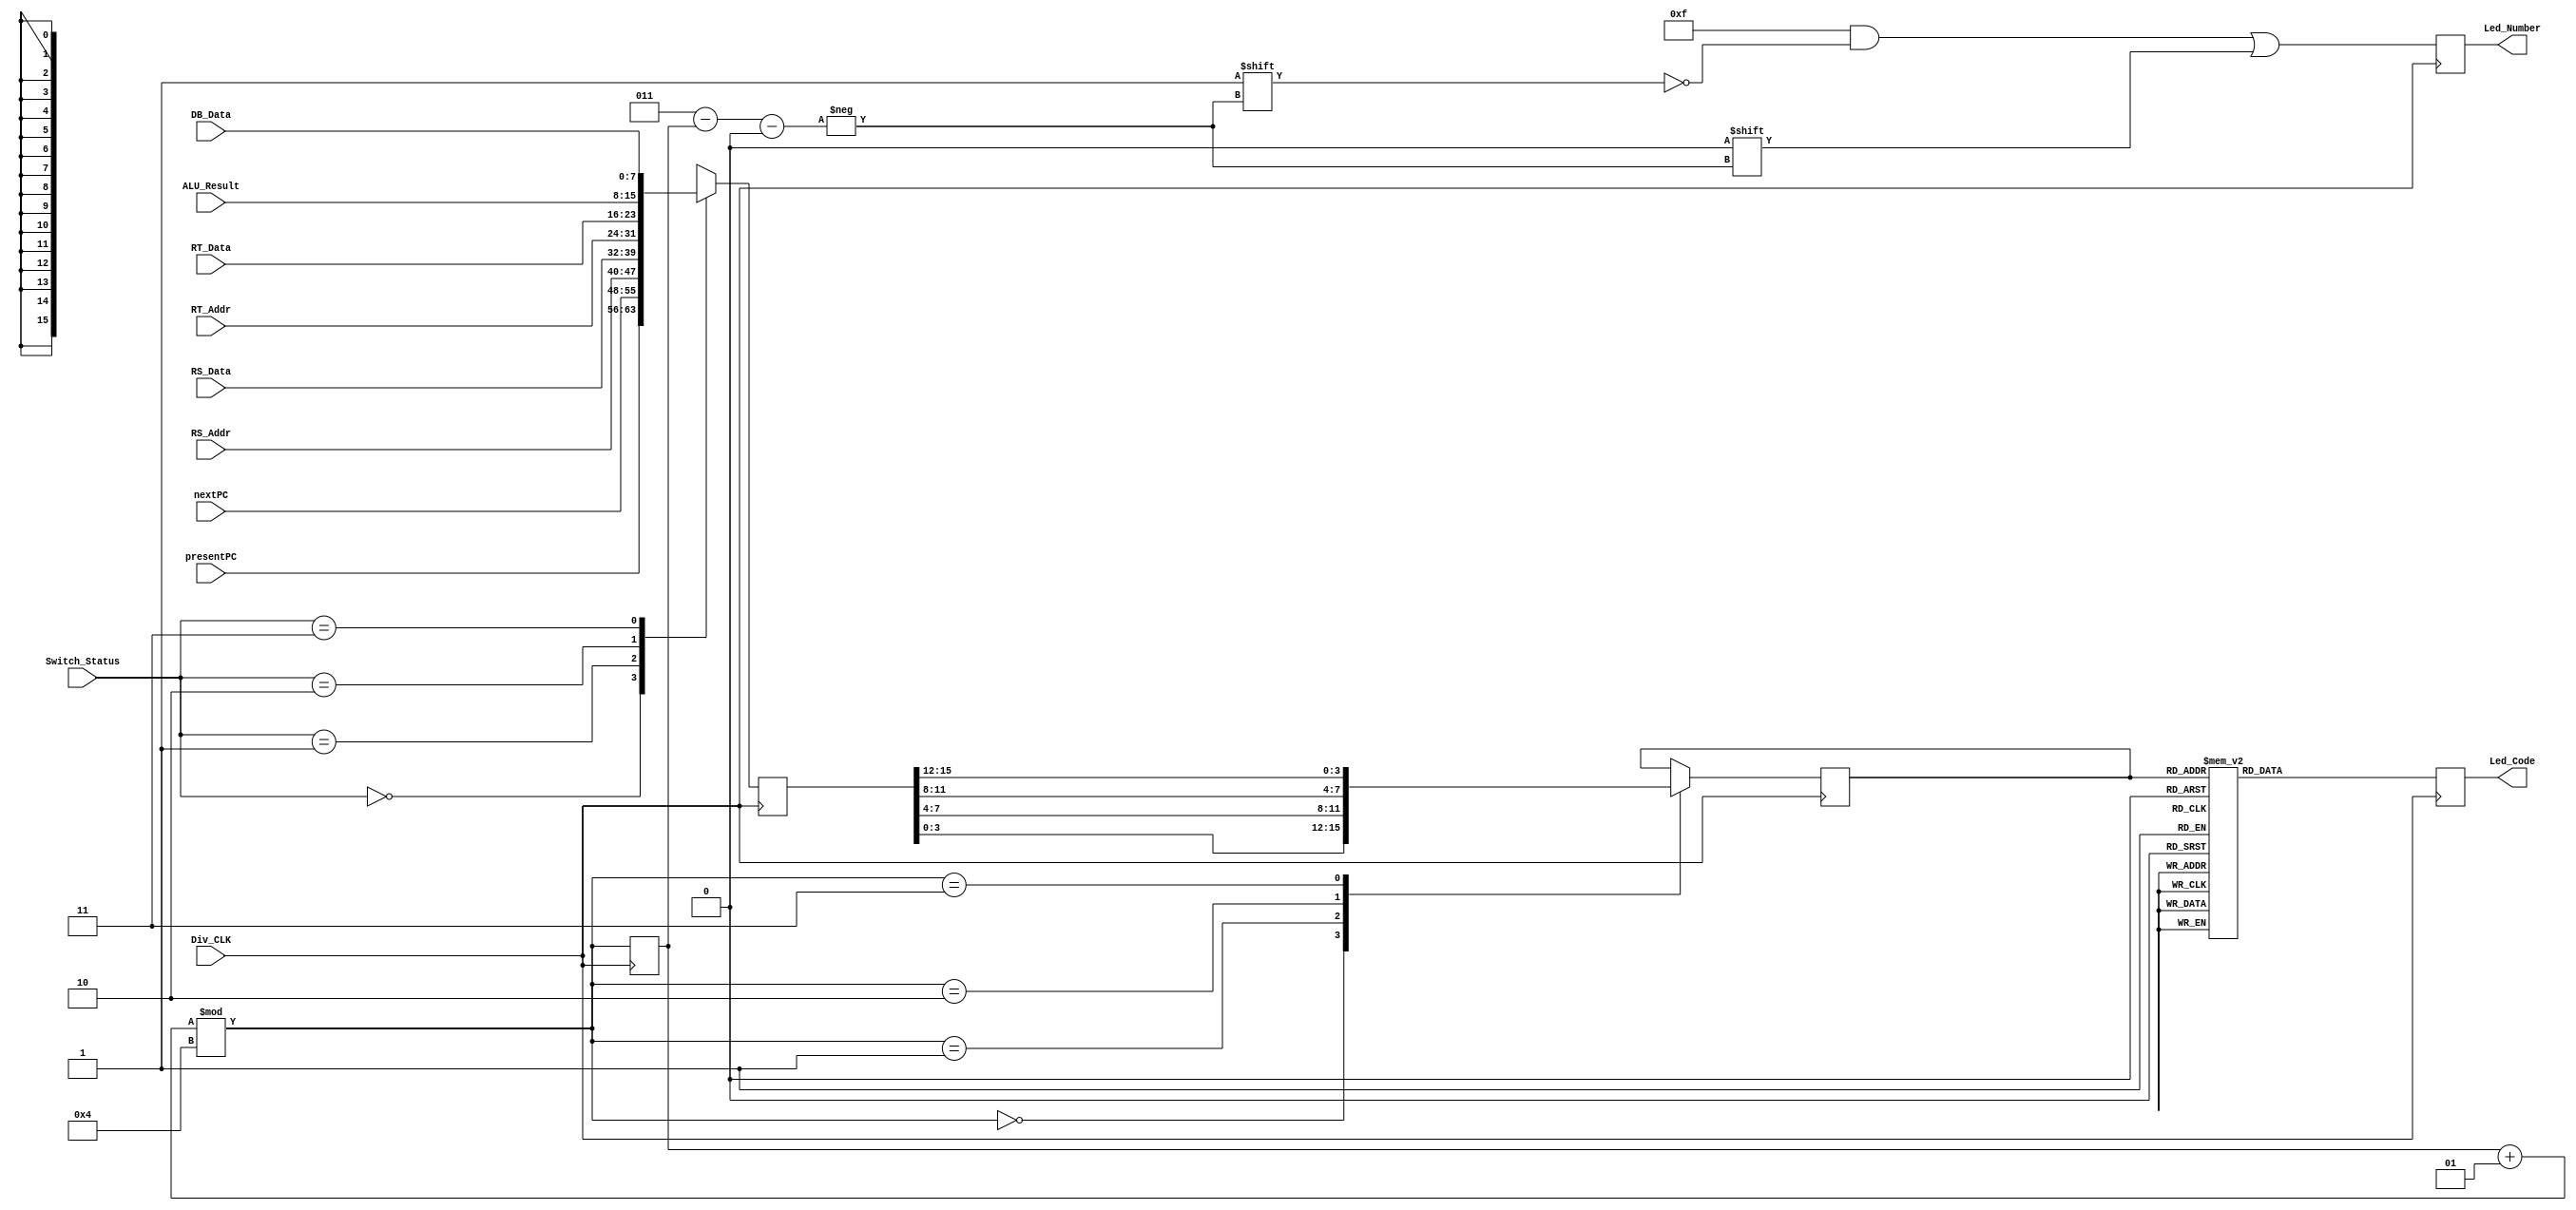
`timescale 1ns / 1ps
//////////////////////////////////////////////////////////////////////////////////
// Company: 
// Engineer: 
// 
// Design Name: 
// Module Name: LedDisplay
// Project Name: 
// Target Devices: 
// Tool Versions: 
// Description: 
// 
// Dependencies: 
// 
// Revision:
// Revision 0.01 - File Created
// Additional Comments:
// 
//////////////////////////////////////////////////////////////////////////////////


module LedDisplay(
  input [1:0] Switch_Status,
  input Div_CLK,

  input [7:0] presentPC,
  input [7:0] nextPC,

  input [7:0] RS_Addr,
  input [7:0] RS_Data,

  input [7:0] RT_Addr,
  input [7:0] RT_Data,

  input [7:0] ALU_Result,
  input [7:0] DB_Data,

  output reg [3:0] Led_Number, // Select LED
  output reg [6:0] Led_Code // Display
  );

  reg [15:0] toDisplay;
  reg [3:0] Digital;
  integer selector = 0;

  always @(posedge Div_CLK) begin
    case(Switch_Status) 
      2'b00: toDisplay <= {presentPC, nextPC};
      2'b01: toDisplay <= {RS_Addr, RS_Data};
      2'b10: toDisplay <= {RT_Addr, RT_Data};
      2'b11: toDisplay <= {ALU_Result, DB_Data};
    endcase
    
    selector = (selector + 1) % 4;
    
    case(selector)
      0: Digital = toDisplay[3:0];
      1: Digital = toDisplay[7:4];
      2: Digital = toDisplay[11:8];
      3: Digital = toDisplay[15:12];
    endcase
  end

  always @(posedge Div_CLK) begin
    case (Digital) 
      4'h0: Led_Code <= 7'b0000001; 
      4'h1: Led_Code <= 7'b1001111; 
      4'h2: Led_Code <= 7'b0010010; 
      4'h3: Led_Code <= 7'b0000110; 
      4'h4: Led_Code <= 7'b1001100; 
      4'h5: Led_Code <= 7'b0100100; 
      4'h6: Led_Code <= 7'b0100000; 
      4'h7: Led_Code <= 7'b0001111; 
      4'h8: Led_Code <= 7'b0000000; 
      4'h9: Led_Code <= 7'b0000100; 
      4'hA: Led_Code <= 7'b0001000; 
      4'hB: Led_Code <= 7'b1100000; 
      4'hC: Led_Code <= 7'b0110001; 
      4'hD: Led_Code <= 7'b1000010; 
      4'hE: Led_Code <= 7'b0110000; 
      4'hF: Led_Code <= 7'b0111000; 
    endcase
  end

  always @(posedge Div_CLK) begin
    Led_Number = 4'b1111;
    Led_Number[3 - selector] = 0;
  end
endmodule